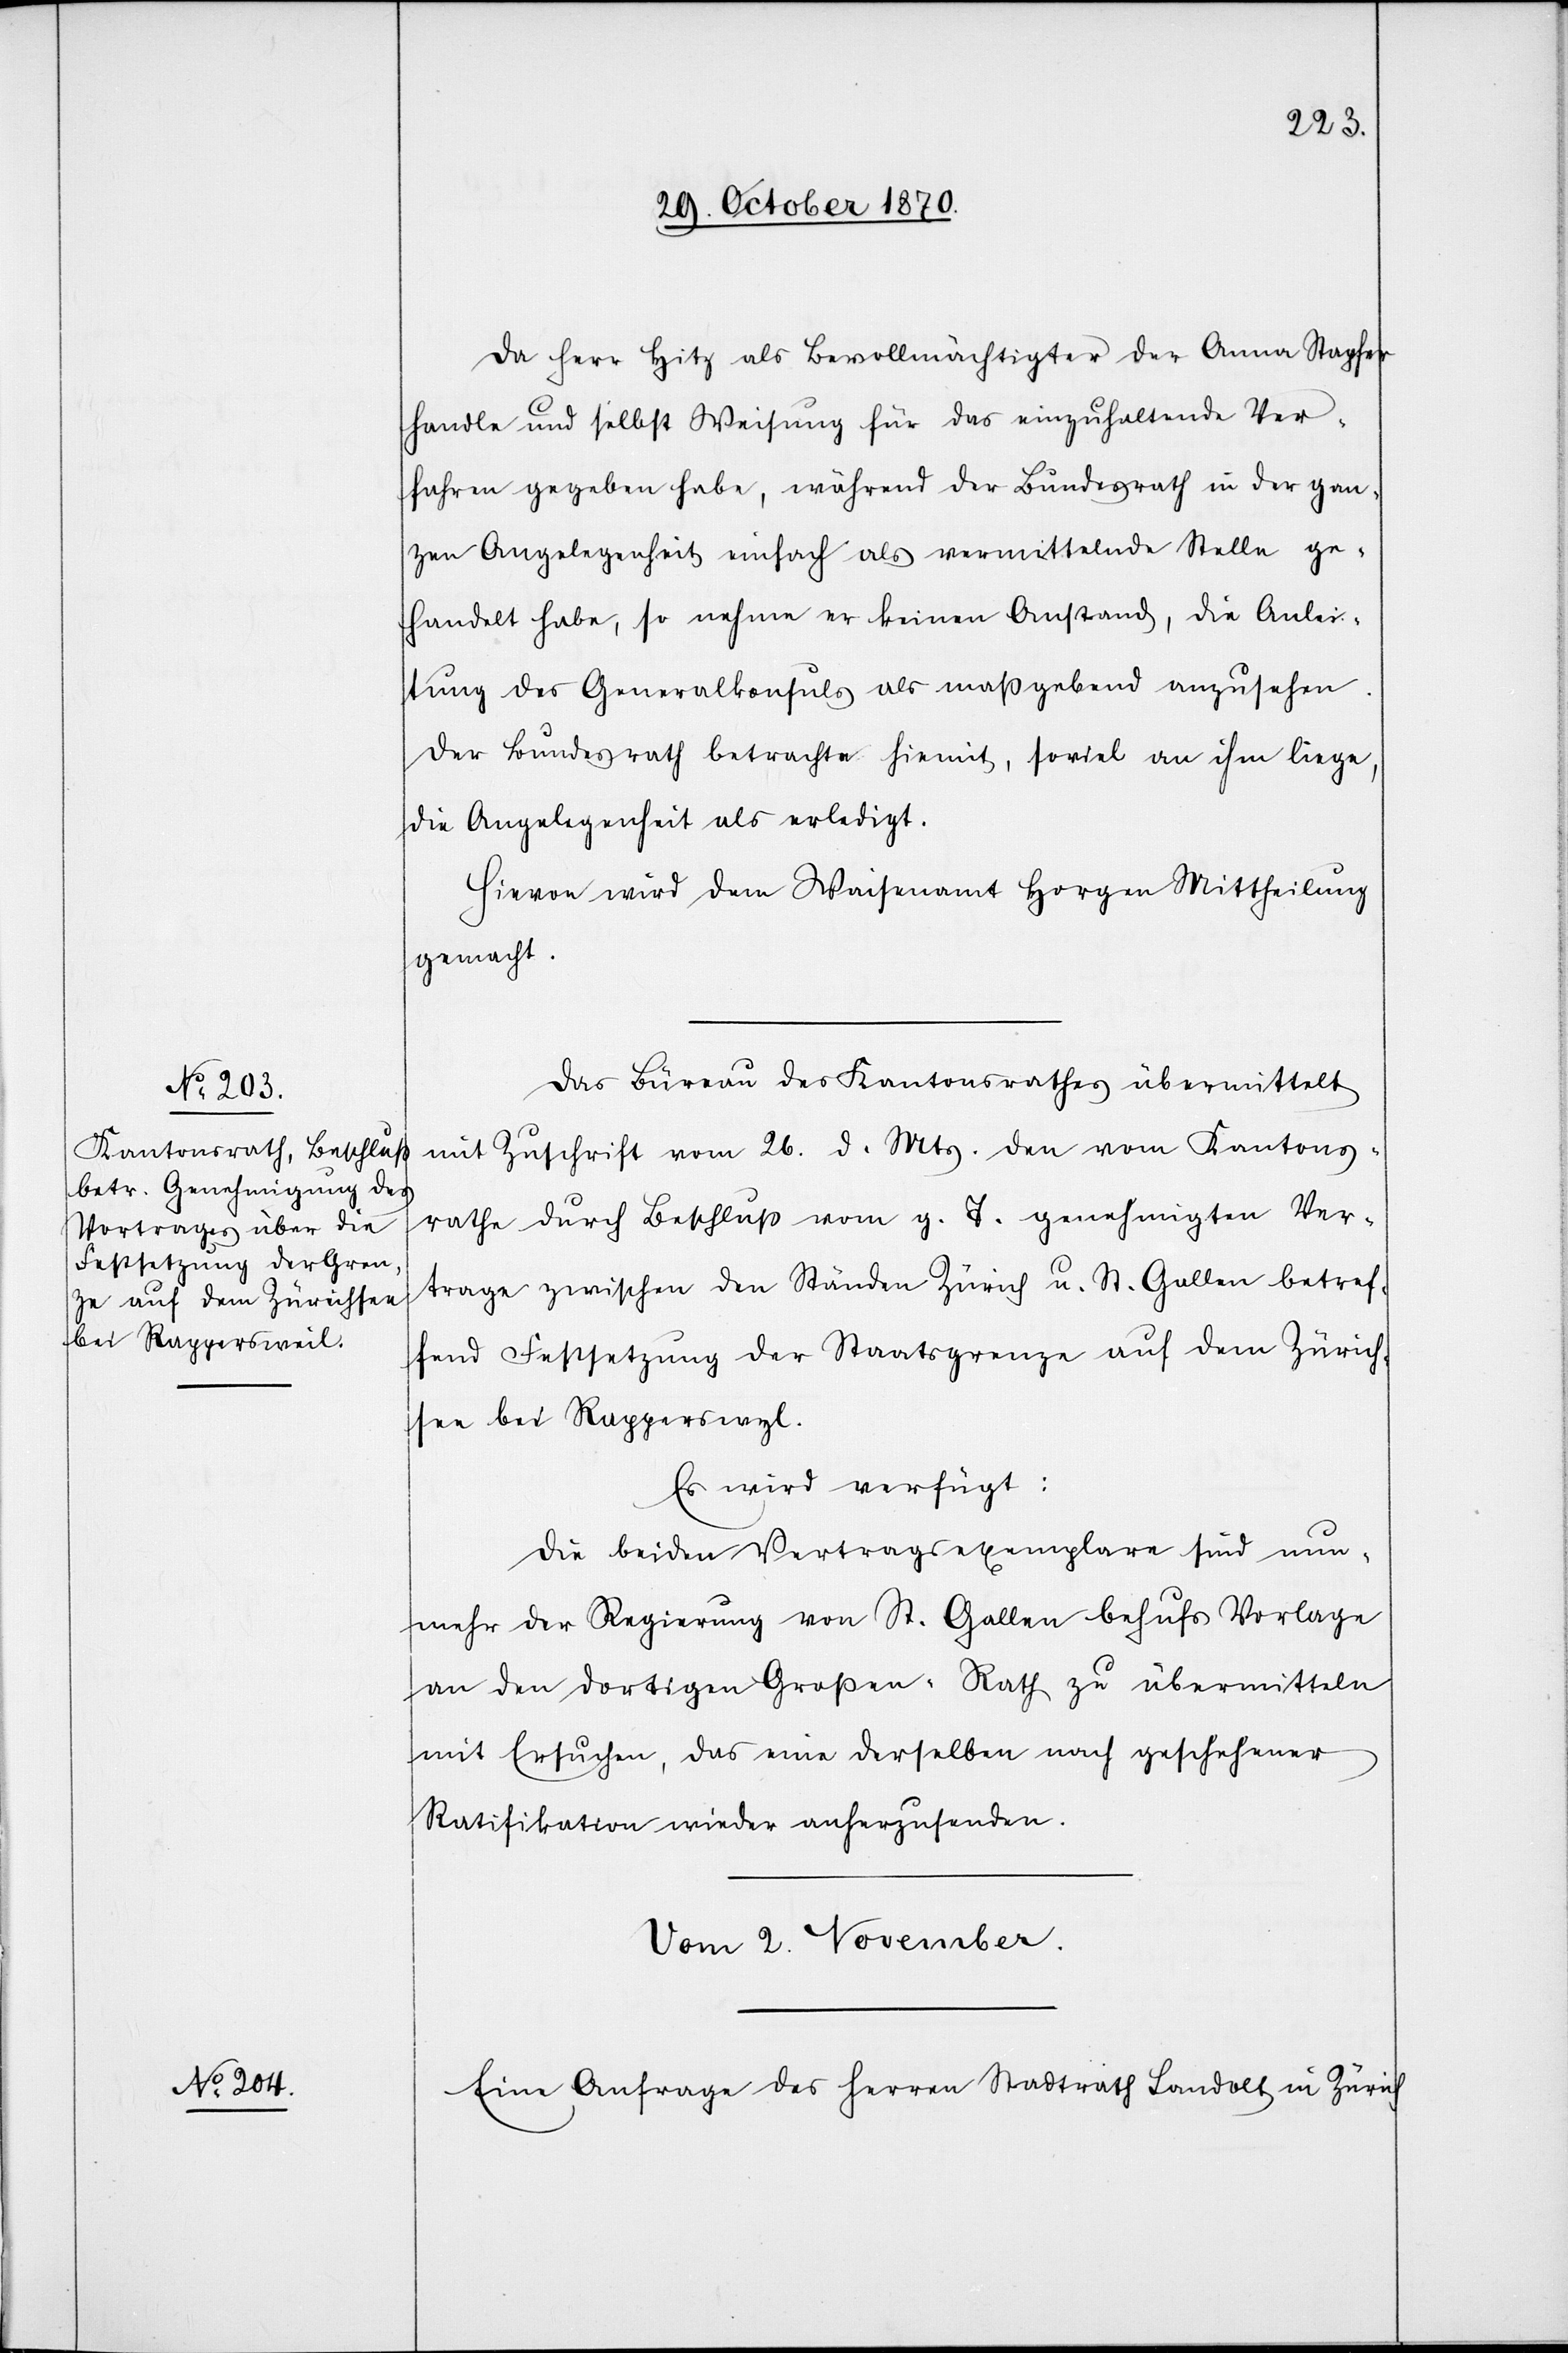
31. October 1870.]
Da Herr Hitz als Bevollmächtigter der Anna Stapfer
handle und selbst Weisung für das einzuhaltende Ver¬
fahren gegeben habe, während der Bundesrath in der gan¬
zen Angelegenheit einfach als vermittelnde Stelle ge¬
handelt habe, so nehme er keinen Anstand, die Anlei¬
tung des Generalkonsuls als maßgebend anzusehen.
Der Bundesrath betrachte hiemit, soviel an ihm liege,
die Angelegenheit als erledigt.
Hievon wird dem Waisenamt Horgen Mittheilung
gemacht.
Das Büreau des Kantonsrathes übermittelt
mit Zuschrift vom 26. d. Mts. den vom Kantons¬
rathe durch Beschluß vom g. T. genehmigten Ver¬
trage zwischen den Ständen Zürich u. St. Gallen betref¬
fend Festsetzung der Staatsgrenze auf dem Zürich¬
see bei Rapperswyl.
Es wird verfügt:
Die beiden Vertragsexemplare sind nun¬
mehr der Regierung von St. Gallen behufs Vorlagen
an den dortigen Großen-Rath zu übermitteln
mit Ersuchen, das eine derselben nach geschehener
Ratifikation wieder anherzusenden.
Vom 2. November
Eine Anfrage des Herren Stadtrath Landolt in Zürich